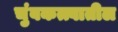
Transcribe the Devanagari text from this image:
चुंबकत्त्वातील